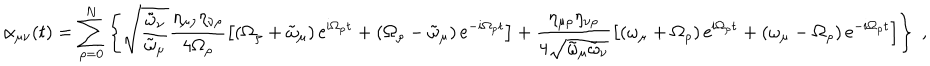
LaTeX: \alpha _ { \mu \nu } ( t ) = \sum _ { \rho = 0 } ^ { N } \left\{ \sqrt { \frac { \tilde { \omega } _ { \nu } } { \tilde { \omega } _ { \mu } } } \frac { \eta _ { \mu \rho } \eta _ { \nu \rho } } { 4 \Omega _ { \rho } } \left[ \left( \Omega _ { \rho } + \tilde { \omega } _ { \mu } \right) \mathrm { e } ^ { i \Omega _ { \rho } t } + \left( \Omega _ { \rho } - \tilde { \omega } _ { \mu } \right) \mathrm { e } ^ { - i \Omega _ { \rho } t } \right] + \frac { \eta _ { \mu \rho } \eta _ { \nu \rho } } { 4 \sqrt { \tilde { \omega } _ { \mu } \tilde { \omega } _ { \nu } } } \left[ \left( \omega _ { \mu } + \Omega _ { \rho } \right) \mathrm { e } ^ { i \Omega _ { \rho } t } + \left( \omega _ { \mu } - \Omega _ { \rho } \right) \mathrm { e } ^ { - i \Omega _ { \rho } t } \right] \right\} \; ,